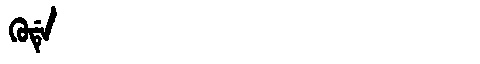
Manchu: ᡴᡠᡩᡝ
Romanization: KUDE